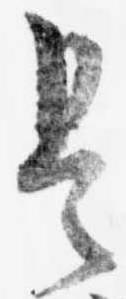
是